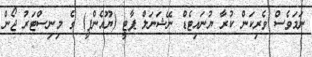
ނަމަވެސް ވެރިކަން ކުރާ ޔުނައިޓެޑް ނޭޝަނަލް ޕާޓީ (ޔޫއެންޕީ) ގެ މިނިސްޓަރު ޖޯން